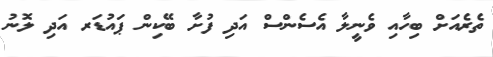
ތެރެއަށް ބިހާއި ވެނީލާ އެސެންސް އަދި ފުށާ ބޭކިން ޕައުޑަރ އަދި ލޮނު